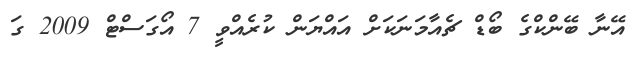
އޭނާ ބޭންކްގެ ބޯޑް ޗެއާމަނަކަށް އައްޔަން ކުރެއްވީ 7 އޯގަސްޓް 2009 ގަ